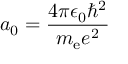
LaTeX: a _ { 0 } = { \frac { 4 \pi \epsilon _ { 0 } \hbar ^ { 2 } } { m _ { \mathrm { e } } e ^ { 2 } } }